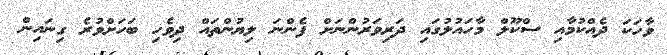
ވާހަކަ ދެއްކުމާއި ސްކޫލް މާހައުލުގައި ދަރިވަރުންނަށް ފެންނަ ލިޔުންތައް ދިވެހި ބަހަށްވުރެ ގިނައިން